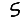
Digit: 5